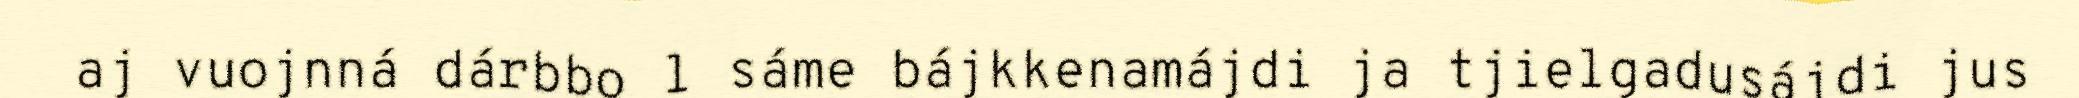
aj vuojnná dárbbo l sáme bájkkenamájdi ja tjielgadusájdi jus